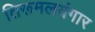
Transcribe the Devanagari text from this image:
तिरूमलयंगार